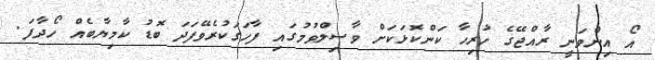
އޯ އިންވަނީ ރާއްޖޭގެ ހުރިހާ ކަންކޮޅަކަށް ވާސިލްވުމުގައި ފާހަގަކުރެވޭފަދަ ބޮޑު ކާމިޔާބެއް ހޯދާފަ.